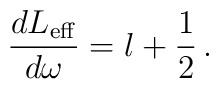
\frac{dL_{{\rm eff}}}{d\omega} = l + \frac{1}{2} \,.